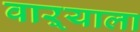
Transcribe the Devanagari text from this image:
वाऱ्याला